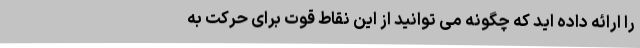
را ارائه داده اید که چگونه می توانید از این نقاط قوت برای حرکت به